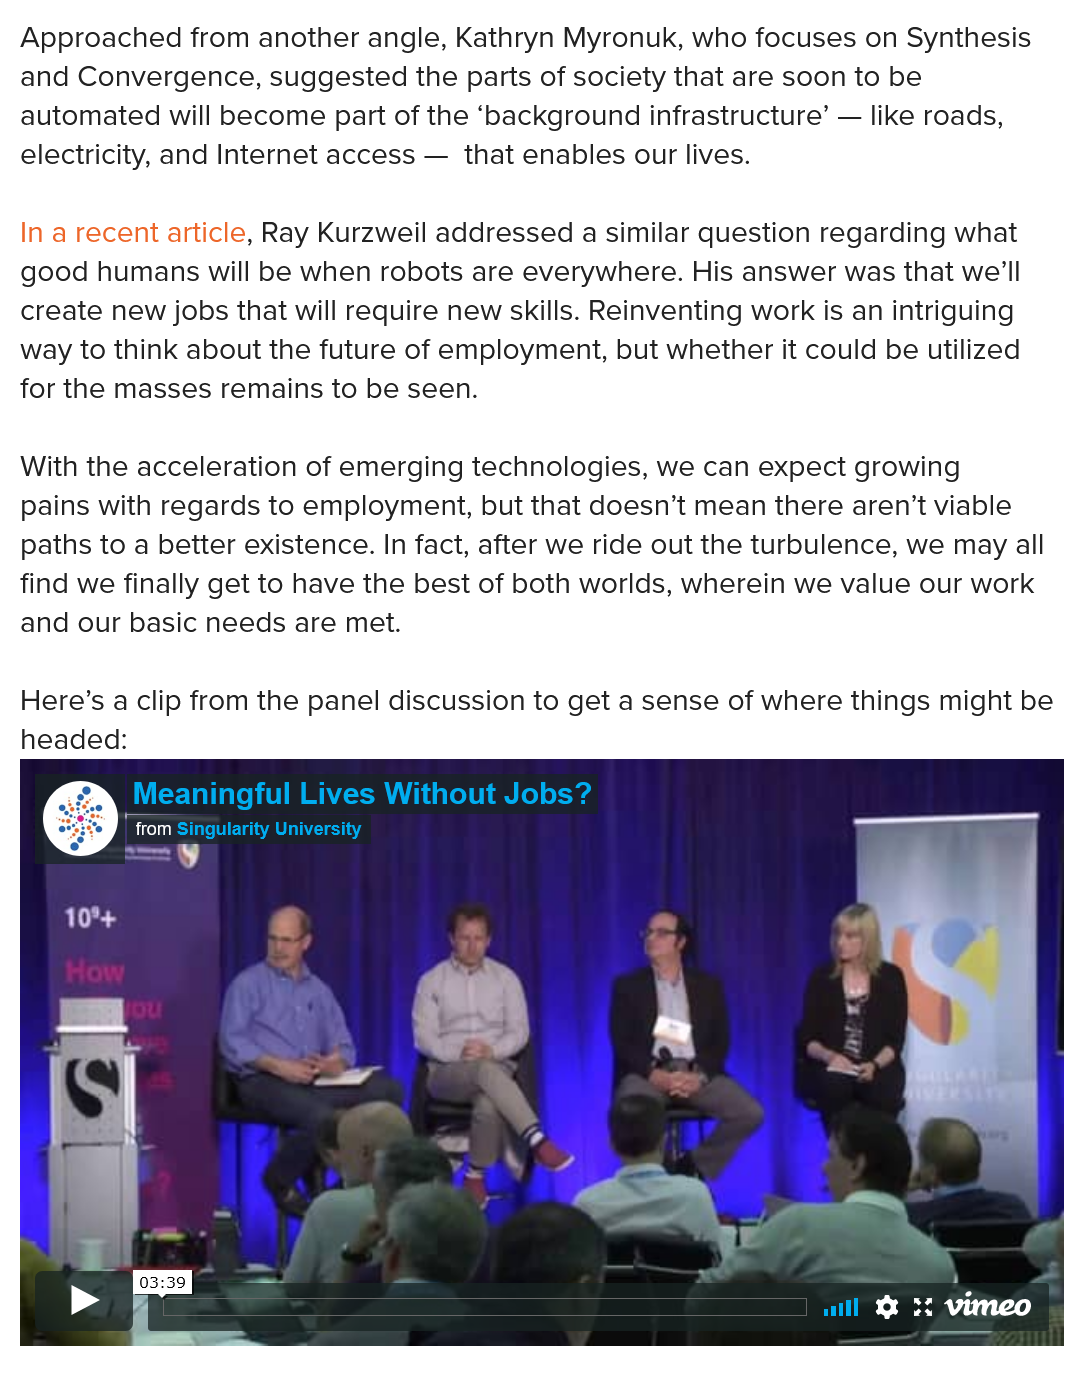
Meaningful Lives Without Jobs?
  Approached from another angle, Kathryn Myronuk, who focuses on Synthesis
  and Convergence, suggested the parts of society that are soon to be
  automated will become part of the ‘background infrastructure’
     —
     like roads,
  electricity, and Internet access —
     that enables our lives.
  In a recent article, Ray Kurzweil addressed a similar question regarding what
  good humans will be when robots are everywhere. His answer was that we'll
  create new jobs that will require new skills. Reinventing work is an intriguing
  way to think about the future of employment, but whether it could be utilized
  for the masses remains to be seen.
  With the acceleration of emerging technologies, we can expect growing
  pains with regards to employment, but that doesn’t mean there aren’t viable
  paths to a better existence. In fact, after we ride out the turbulence, we may all
  find we finally get to have the best of both worlds, wherein we value our work
  and our basic needs are met.
  Here’s a clip from the panel discussion to get a sense of where things might be
  headed:

     Sire T ie Cem eUTLS